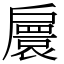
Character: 𢩠